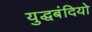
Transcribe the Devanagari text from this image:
युद्धबंदियो